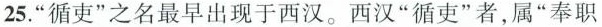
25.”循吏”之名最早出现于西汉。西汉”循吏”者，属”奉职